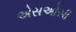
એસઓસી